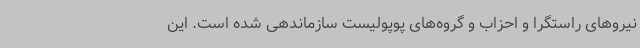
نیروهای راستگرا و احزاب و گروه‌های پوپولیست سازماندهی شده است. این